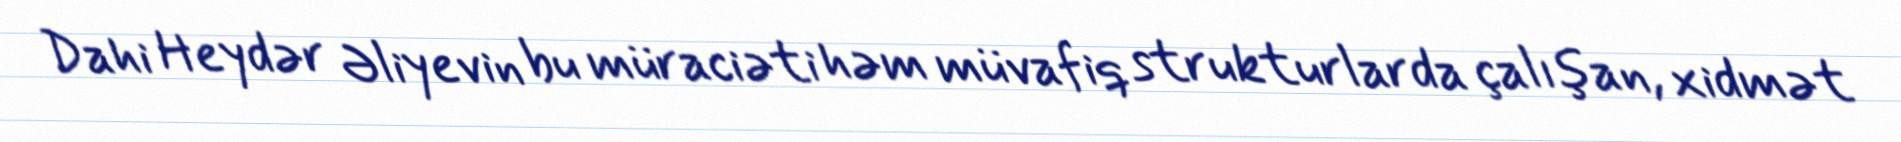
Dahi Heydər Əliyevin bu müraciəti həm müvafiq strukturlarda çalışan, xidmət